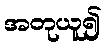
အတုယူ၍